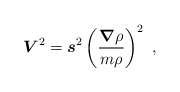
\begin{align*}\mbox{\boldmath $V$}^2 = \mbox{\boldmath $s$}^2\left(\frac{{\mbox{\boldmath$\nabla$}}\rho}{m\rho}\right)^2 \ ,\end{align*}